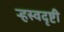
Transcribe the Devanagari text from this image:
ऱ्हस्वदृष्टी